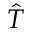
\hat { T }